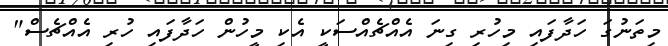
މިތަނުގަ ހަދާފައި މިހުރި ގިނަ އެއްޗެއްސަކީ އެކި މީހުން ހަދާފައި ހުރި އެއްޗެސް"